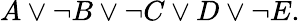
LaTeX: A\lor\neg B\lor\neg C\lor D\lor\neg E.